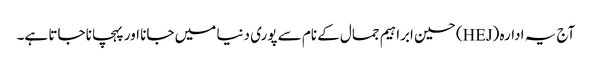
آج یہ ادارہ (HEJ) حسین ابراہیم جمال کے نام سے پوری دنیا میں جانا اور پہچانا جاتا ہے۔